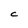
Character: C